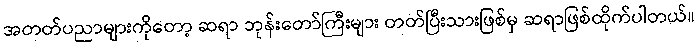
အတတ်ပညာများကိုတော့ ဆရာ ဘုန်းတော်ကြီးများ တတ်ပြီးသားဖြစ်မှ ဆရာဖြစ်ထိုက်ပါတယ်။